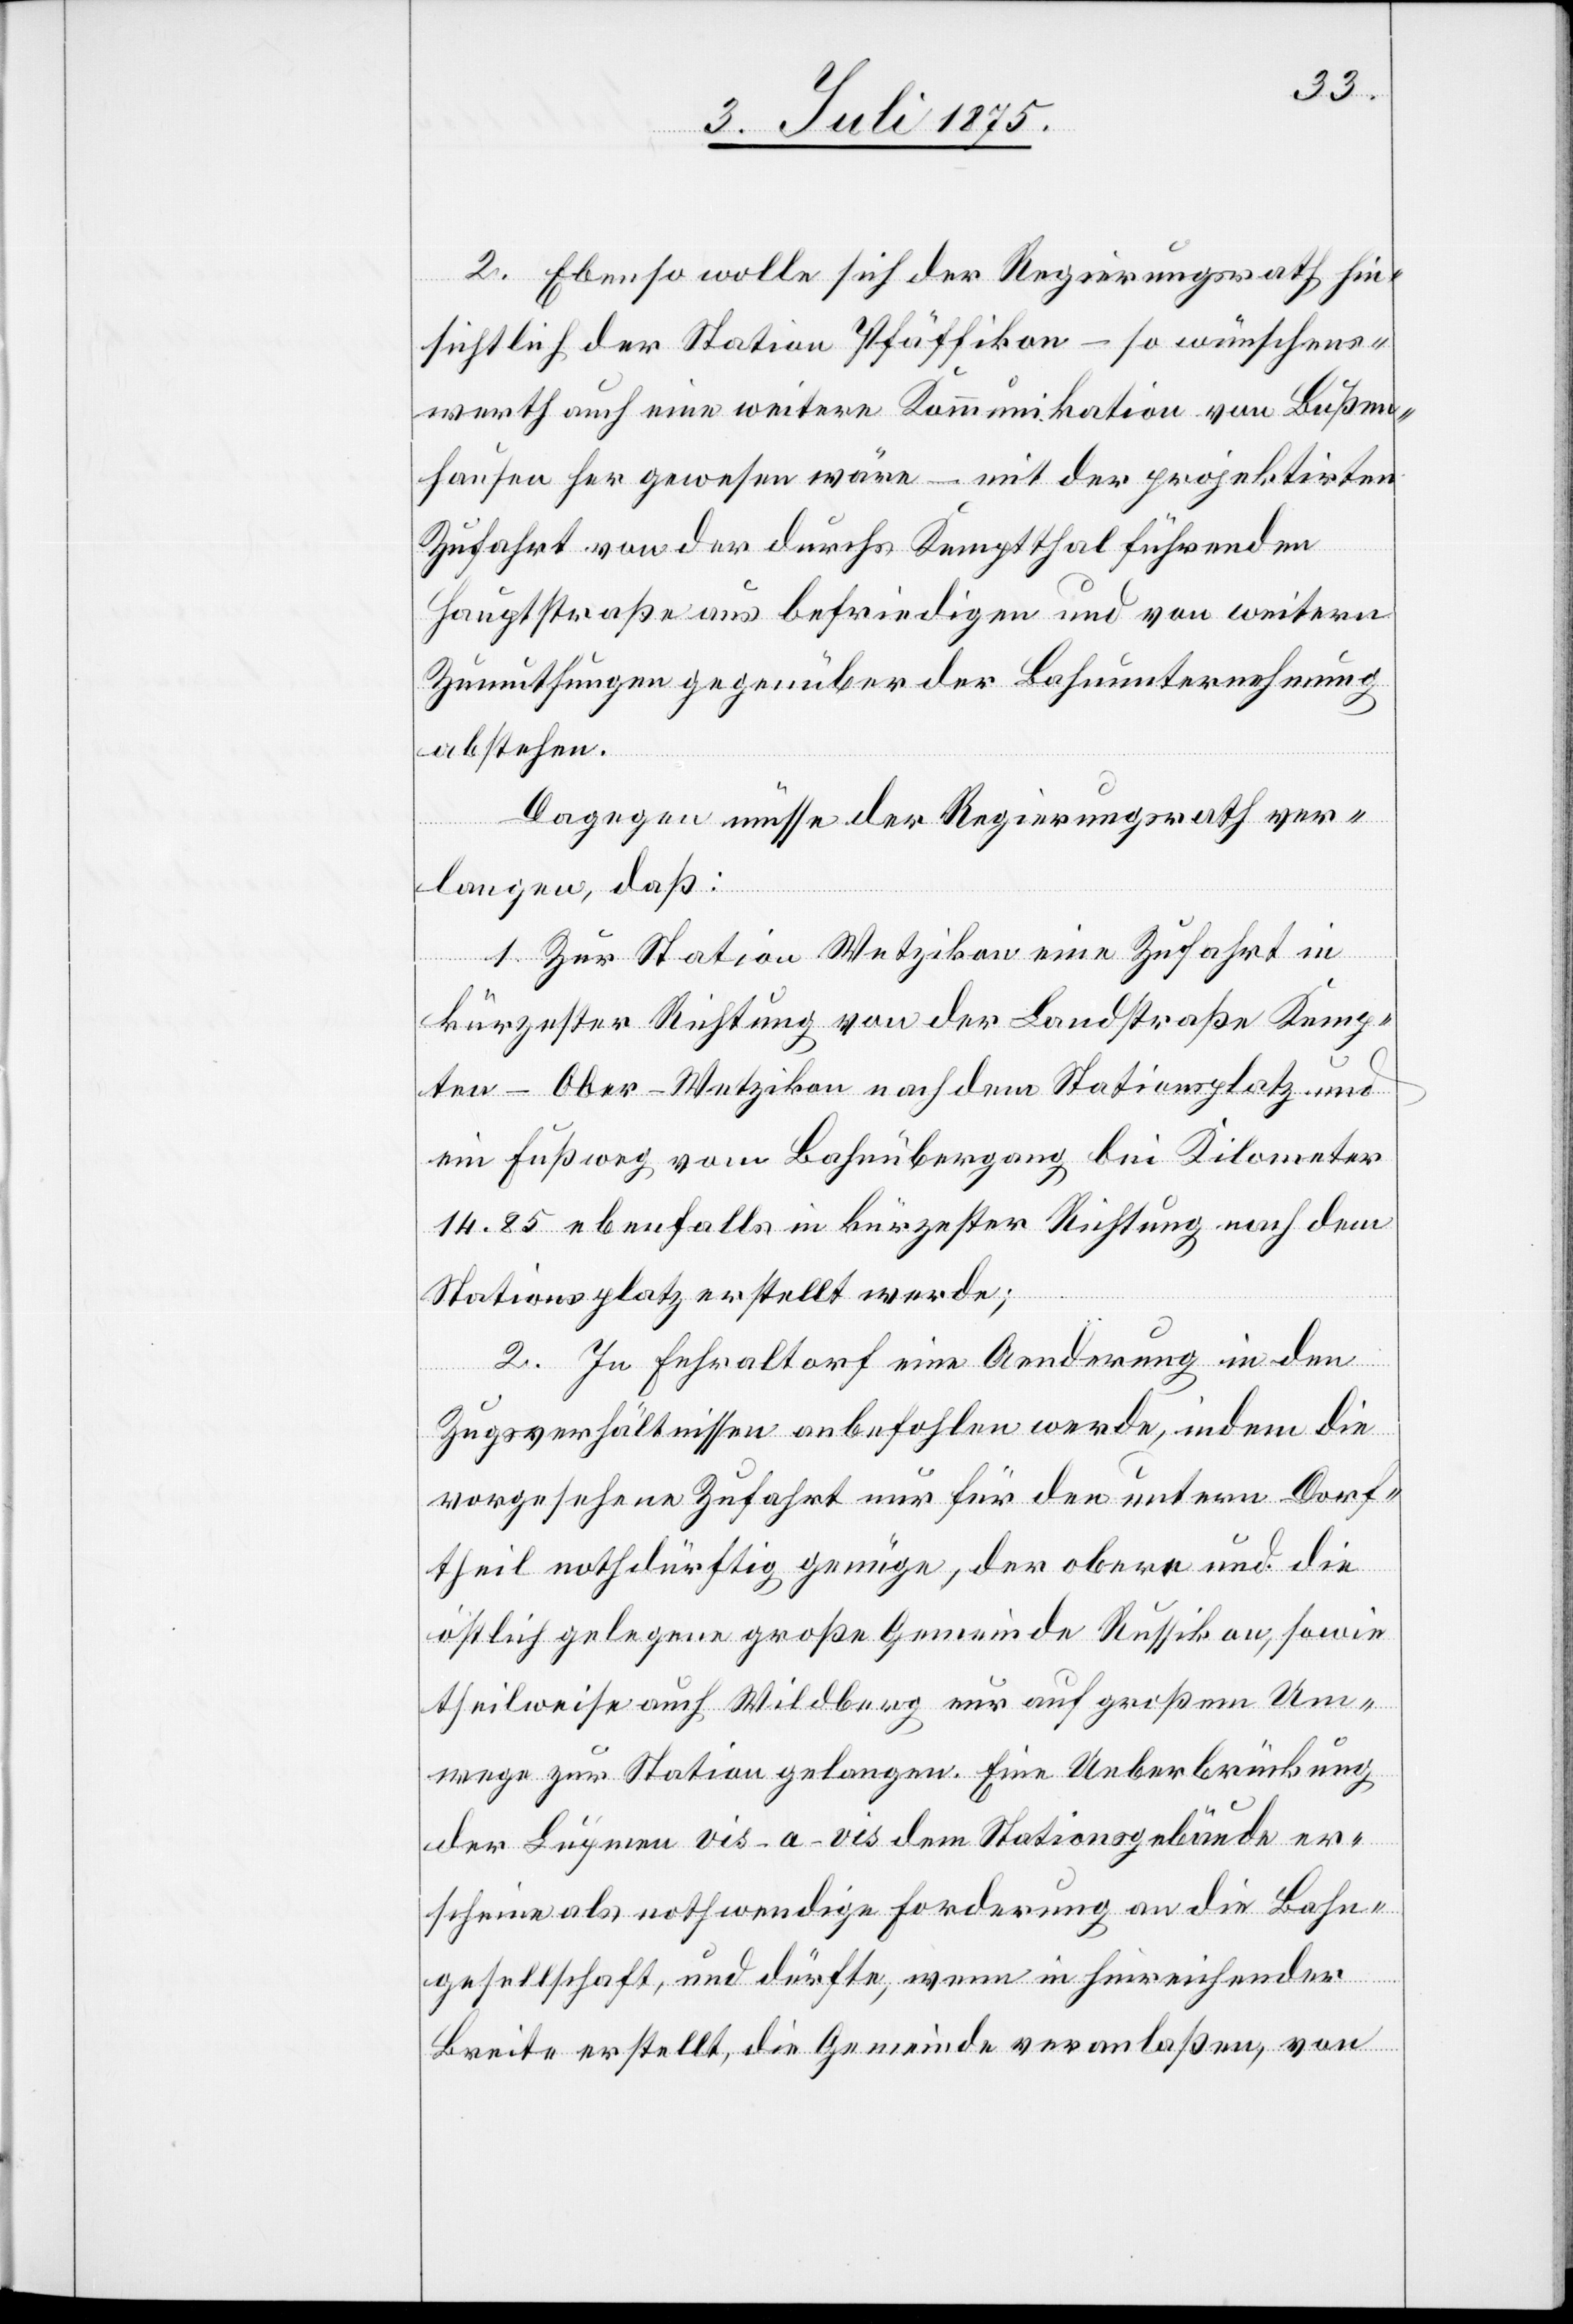
2. Ebenso wolle sich der Regierungsrath hin¬
sichtlich der Station Pfäffikon – so wünschens¬
werth auch weitere Kommunikation von Bußen¬
hausen her gewesen wäre – mit der projektirten
Zufahrt von der durchs Kempthal führenden
Hauptstraße aus befriedigen und von weitern
Zumuthungen gegenüber der Bahnunternehmung
abstehen.
Dagegen müsse der Regierungsrath ver¬
langen, daß:
1. Zur Station Wetzikon eine Zufahrt in
kürzester Richtung von der Landstraße Kemp¬
ten–Ober-Wetzikon nach dem Stationsplatz und
ein Fußweg vom Bahnübergang bei Kilometer
14.85 ebenfalls in kürzester Richtung nach dem
Stationsplatz erstellt werde;
2. In Fehraltdorf eine Aenderung in den
Zugsverhältnissen anbeholfen werde, indem die
vorgesehene Zufahrt nur für den untern Dorf¬
theil nothdürftig genüge, der obere und die
östlich gelegene große Gemeinde Russikon, sowie
theilweise auch Wildberg nur auf großem Um¬
wege zur Station gelangen. Eine Ueberbrückung
der Lupmen vis-a-vis dem Stationsgebäude er¬
scheine als nothwendige Forderung an die Bahn¬
gesellschaft, und dürfte, wenn in hinreichender
Breite erstellt, die Gemeinde veranlaßen, von